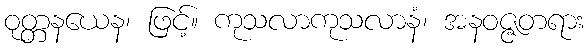
ဝုတ္တနယေန၊ ဖြင့်။ ကုသလာကုသလာနံ၊ အနဝဇ္ဇတရား